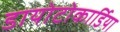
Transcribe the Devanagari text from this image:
डायोटोकार्डिया